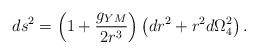
LaTeX: \begin{align*}ds^2=\left(1+\frac{g_{YM}}{2 r^3}\right)\left(dr^2+r^2 d\Omega_4^2\right).\end{align*}